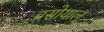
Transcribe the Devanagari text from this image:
बसोयाल्